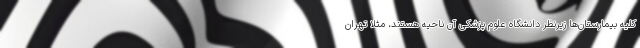
کلیه بیمارستان‌ها زیرنظر دانشگاه علوم پزشکی آن ناحیه هستند، مثلا تهران